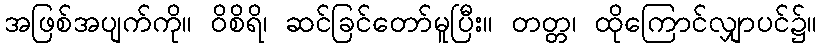
အဖြစ်အပျက်ကို။ ဝိစိရိ၊ ဆင်ခြင်တော်မူပြီး။ တတ္တ၊ ထိုကြောင်လျှာပင်၌။